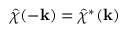
\hat { \chi } ( - \mathbf { k } ) = \hat { \chi } ^ { * } ( \mathbf { k } )